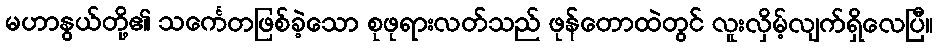
မဟာနွယ်တို့၏ သင်္ကေတဖြစ်ခဲ့သော စုဖုရားလတ်သည် ဖုန်တောထဲတွင် လူးလှိမ့်လျက်ရှိလေပြီ။